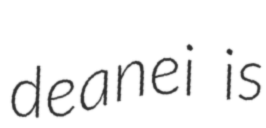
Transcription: deanei is